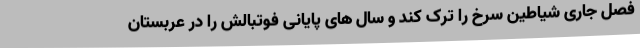
فصل جاری شیاطین سرخ را ترک کند و سال های پایانی فوتبالش را در عربستان